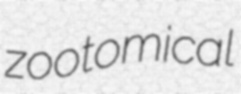
zootomical